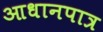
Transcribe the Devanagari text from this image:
आधानपात्र